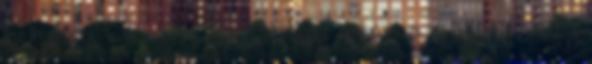
helyesn. Én sem í­rom, hogy szaros n virág vagy